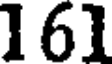
161